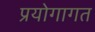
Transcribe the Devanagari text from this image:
प्रयोगागत